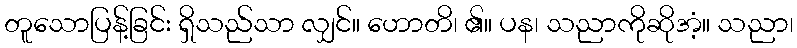
တူသောပြန့်ခြင်း ရှိသည်သာ လျှင်။ ဟောတိ၊ ၏။ ပန၊ သညာကိုဆိုအံ့။ သညာ၊